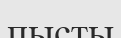
пысты